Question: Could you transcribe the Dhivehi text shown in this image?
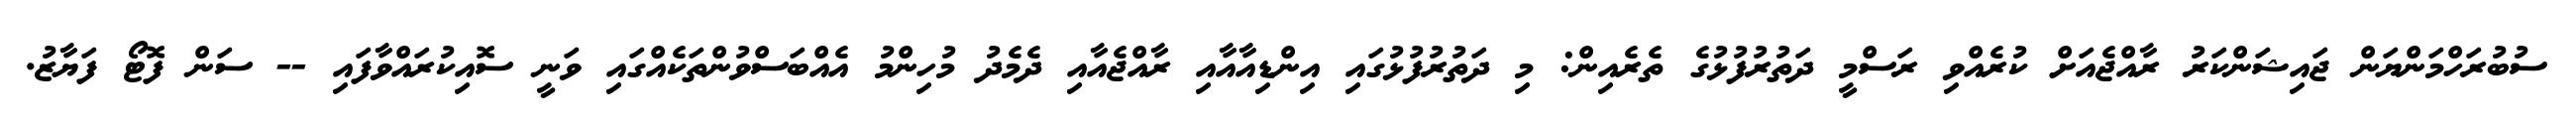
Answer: ސުބުރަހްމަންޔަން ޖައިޝަންކަރު ރާއްޖެއަށް ކުރެއްވި ރަސްމީ ދަތުރުފުޅުގެ ތެރެއިން: މި ދަތުރުފުޅުގައި އިންޑިއާއާއި ރާއްޖެއާއި ދެމެދު މުހިންމު އެއްބަސްވުންތަކެއްގައި ވަނީ ސޮއިކުރައްވާފައި -- ސަން ފޮޓޯ ފަޔާޒު.